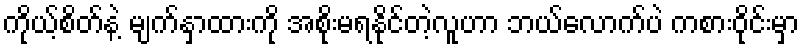
ကိုယ့်စိတ်နဲ့ မျက်နှာထားကို အစိုးမရနိုင်တဲ့လူဟာ ဘယ်လောက်ပဲ ကစားဝိုင်းမှာ